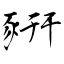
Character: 豣